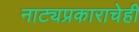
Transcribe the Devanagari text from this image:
नाट्यप्रकाराचेही